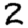
Digit: 2